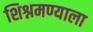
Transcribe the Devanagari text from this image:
शिश्नमण्याला